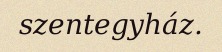
szentegyház.